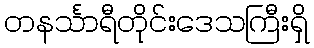
တနင်္သာရီတိုင်းဒေသကြီးရှိ